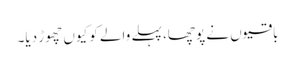
باقیوں نے پوچھا، پہلے والے کو کیوں چھوڑ دیا۔